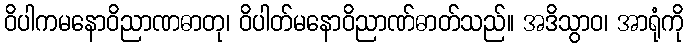
ဝိပါကမနောဝိညာဏဓာတု၊ ဝိပါတ်မနောဝိညာဏ်ဓာတ်သည်။ အဒိသွာဝ၊ အာရုံကို